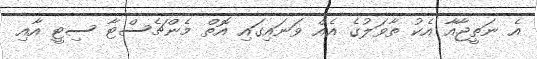
އެ ނަތީޖާއާ އެކު ތާވަލުގެ އެއް ވަނައިގައި އޮތް މެންޗެސްޓާ ސިޓީ އާއި